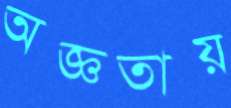
অজ্ঞতায়